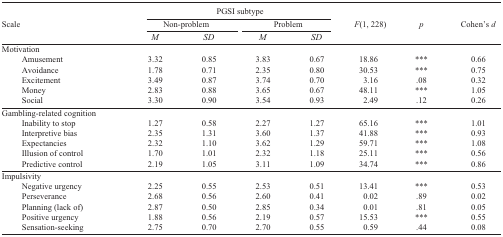
|  | <COLSPAN=4> PGSI subtype |  |  |  |
 | Scale | <COLSPAN=2> Non-problem | <COLSPAN=2> Problem | F(1, 228) | p | Cohen’s d |
 |  | M | SD | M | SD |  |  |  |
 | --- | --- | --- | --- | --- | --- | --- | --- |
 | Motivation |  |  |  |  |  |  |  |
 | Amusement | 3.32 | 0.85 | 3.83 | 0.67 | 18.86 | *** | 0.66 |
 | Avoidance | 1.78 | 0.71 | 2.35 | 0.80 | 30.53 | *** | 0.75 |
 | Excitement | 3.49 | 0.87 | 3.74 | 0.70 | 3.16 | .08 | 0.32 |
 | Money | 2.83 | 0.88 | 3.65 | 0.67 | 48.11 | *** | 1.05 |
 | Social | 3.30 | 0.90 | 3.54 | 0.93 | 2.49 | .12 | 0.26 |
 | Gambling-related cognition |  |  |  |  |  |  |  |
 | Inability to stop | 1.27 | 0.58 | 2.27 | 1.27 | 65.16 | *** | 1.01 |
 | Interpretive bias | 2.35 | 1.31 | 3.60 | 1.37 | 41.88 | *** | 0.93 |
 | Expectancies | 2.32 | 1.10 | 3.62 | 1.29 | 59.71 | *** | 1.08 |
 | Illusion of control | 1.70 | 1.01 | 2.32 | 1.18 | 25.11 | *** | 0.56 |
 | Predictive control | 2.19 | 1.05 | 3.11 | 1.09 | 34.74 | *** | 0.86 |
 | Impulsivity |  |  |  |  |  |  |  |
 | Negative urgency | 2.25 | 0.55 | 2.53 | 0.51 | 13.41 | *** | 0.53 |
 | Perseverance | 2.68 | 0.56 | 2.60 | 0.41 | 0.02 | .89 | 0.02 |
 | Planning (lack of) | 2.87 | 0.50 | 2.85 | 0.34 | 0.01 | .81 | 0.05 |
 | Positive urgency | 1.88 | 0.56 | 2.19 | 0.57 | 15.53 | *** | 0.55 |
 | Sensation-seeking | 2.75 | 0.70 | 2.70 | 0.55 | 0.59 | .44 | 0.08 |